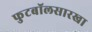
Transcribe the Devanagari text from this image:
फुटबॉलसारखा